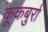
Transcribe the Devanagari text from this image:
कूकबुर्रा